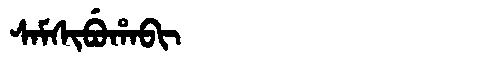
Manchu: ᠰᠠᠮᠰᡳᠪᡠᡥᠠᠪᡳ
Romanization: SAMSIBUHABI